Vital statistics of India. Vol. IV, Annual returns from 1871 to 1876. British Army of India, Native Army and jails of Bengal
Year: 1871
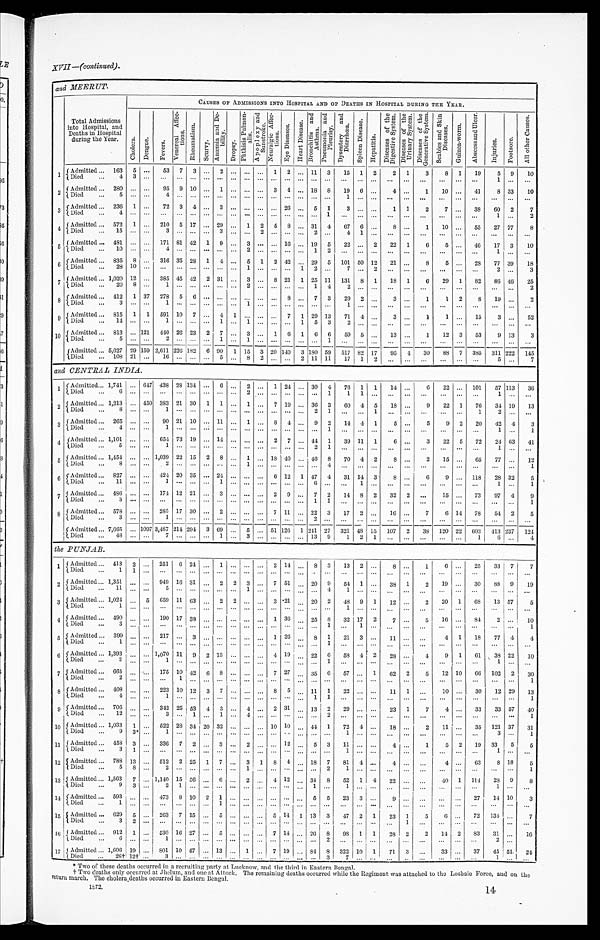
and MEERUT.
Total Admissions
into Hospital, and
Deaths in Hospital
during the Year.
CAUSES OF ADMISSIONS INTO HOSPITAL AND OF DEATHS IN HOSPITAL DURING THE YEAR.
C h o l e r a . De ngue .
F e v e r s .
V e n e r e a l A f f e c - t i o n s .
R h e u m a t i s m .
Sc ur vy.
A n æ m i a a n d D e - b i l i t y .
D r o p s y .
P h t h i s i s P u l m o n - a l i s . A p o p l e x y a n d S u n s t r o k e .
N e u r a l g i c A f f e c - t i o n s .
E y e - D i s e a s e s . H e a r t D i s e a s e .
B r o n c h i t i s a n d A s t h m a .
P n e u m o n i a a n d P l e u r i s y .
D y s e n t e r y a n d D i a r r h œ a .
S p l e e n D i s e a s e .
H e p a t i t i s .
D i s e a s e o f t h e D i g e s t i v e S y s t e m .
D i s e a s e s o f t h e U r i n a r y S y s t e m .
D i s e a s e s o f t h e G e n e r a t i v e S y s t e m .
S c a b i e s a n d S k i n D i s e a s e s .
G u i n e a - w o r m .
A b s c c s a n d U l c e r .
I n j u r i e s .
F o o t s o r e .
A l l o t h e r C a u s e s .
1 Admitted . . . 163
5 . . .
53
7
3 . . . 2
. . .
. . .
. . . 1
2 . . . 11
3
15
1
2
2
1
3
8
1
19
5
9
10
D i e d . . .
4
3 . . .
. . .
. . .
. . .. . .
. . . . . .
. . .
. . .
. . .
. . .. . .
. . .
. . .
. . .
. . .
. . .
. . .
. . .
. . .
. . .
. . .
. . .
1
. . .
. . .
2 Admitted . . . 280
. . . . . .
95 9 10 . . . 1
. . .
. . . . . . 3
4 . . . 18
8
19
6
. . .
4
. . .
1
10
. . .
41
8 33
10
Died . . .
5
. . . . . .
4
. . .
. . .. . .
. . . . . .
. . .
. . .
. . .
. . .. . .
. . .
. . .
1
. . .
. . .
. . .
. . .
. . .
. . .
. . .
. . .
. . .
. . .
. . .
3 Admitted . . .
236
1 . . .
72 3
4 . . . 3
. . .
. . .
. . .
. . . 26 . . . 5
1
3
. . .
. . .
1
1
2
7
. . .
38
60
2
7
D i e d . . .
4
. . .. . .
. . .
. . .
. . .. . .
. . . . . .
. . .
. . .
. . .
. . .. . .
. . .
1 . . .
. . .
. . .
. . .
. . .
. . .
. . .
. . .
. . .
1
. . .
2
4 Admitted . . . 572
1 . . . 210
5 17 . . . 29
. . . 1
2
5
8 . . . 31
4
67
6
. . .
8
. . .
1
10
. . .
55
27 77
8
Died . . .
15
. . . . . .
3
. . .
. . .. . .
3 . . .
. . .
2
. . .
. . .. . .
2
. . .
4
1
. . .
. . .
. . .
. . .
. . .
. . .
. . .
. . .
. . .
. . .
5 Admitted . . . 481
. . . . . . 171 81 42
1
9
. . . 3
. . .
. . . 16 . . . 19
5
22
. . .
2
22
1
6
5
. . .
46
17
3
10
Died . . .
10
. . . . . .
4
. . .
. . .. . .
. . . . . .
2 .
. . .
. . .
. . .. . .
1
2
. . . . . .
. . .
. . .
. . .
. . .
. . . . . .
. . .
1
. . .
. . .
6 Admitted . . . 835
8 . . . 316 35 28 1
4 . . . 5
1
2 42 . . . 29
5
101 50 12
21
. . .
8
5
. . .
28
77 39
18
D i e d . . .
2 8
1 0
. . .
. . .
. . .
. . .. . .
. . . . . .
1
. . .
. . .
. . .1
2
. . .
7
. . .
2
. . .
. . .
. . .
. . .
. . .
. . .
2
. . .
3
7 Admitted ... 1,020 12 . . . 385 45 42
2 31
. . . 3
. . . 8 21
1 25 11
131
8
1
18 1
6
29
1
82
86 46
25
Died . . .
20
8 . . .
1
. . .
. . .. . .
. . . . . .
2
. . .
. . .
. . .. . .
1
4
2
. . .
. . .
. . .
. . .
. . .
. . .
. . .
. . .
. . .
. . .
2
8 Admitted . . . 412
1 37
278
5
6 . . .
. . . . . .
. . .
. . .
. . . 8 . . . 7
3
29
2
. . .
3
. . .
1
1
2
8
19
. . .
2
Died . . .
3
. . . . . .
1
. . .
. . .. . .
. . . . . .
1
. . . . . .
. . . . . .
. . .
. . .
1
. . .
. . .
. . .
. . .
. . .
. . .
. . .
. . .
. . .
. . .
. . .
9Admitted . . . 815
1
1
591 10
7 . . . 4
1
. . .
. . .
. . . 7
1 29 13
71
4
. . .
3
. . .
1
1
. . .
15
3
. . .
5 2
Died . . .
14
. . . . . .
1
. . .
. . .. . .
1 . . .
1
. . .
. . .
. . .1
5
3
2
. . .
. . .
. . .
. . .
. . .
. . .
. . .
. . .
. . .
. . .
. . .
10
Admitted . . . 813
. . . 121
440 26 23
2
7
. . . 3
. . . 1
6
1
6
6
59
5
. . .
13
. . .
1
12
3
53
9 13
3
Died . . .
5
. . . . . .
2
. . .
. . . . . .
1 . . .
1
. . .
. . .
. . .. . .
. . .
1
. . .
. . .
. . .
. . .
. . .
. . .
. . .
. . .
. . .
. . .
. . .
. . .
Admitted . . .
5 , 6 2 7
2 9 159 2,611 226 182
6
9 0
1 15
3 20
1 4 0 3
1 8 0 59
517 82
1 7
9 5
4
3 0
8 8 7 385
311
2 2 2
1 4 5
D i e d . . .
1 0 8 21 . . .
16
. . .
. . . . . .
5 . . .
8
2
. . .
. . .2
1 1 1 1
1 7
1
2
. . .
. . .
. . .
. . .
. . .
. . .
5
. . .
7
and CENTRAL INDIA.
1 Admitted . . . 1,741
. . . 647 438 28 134
. . . 6
. . . 2
. . . 1 24 . . . 30
4
76
1
1
14
. . .
6
22
. . . 101
57 113
36
D i e d . . .
6
. . .. . .
. . .
. . .
. . .
. . . . . .
. . .
. . .
. . .
. . .
. . .. . .
. . .
1
1
1
. . .
. . .
. . .
. . .
. . .
. . . . . .
1
. . .
. . .
2 Admitted . . . 1,213
. . . 450 383 21 30
1
1
. . . 1
. . . 7 19 . . . 36
3
60
4
5
18
. . .
9
22
1
76
34 19
13
Died . . .
8
. . . . . .
1
. . .
. . .
. . . . . .
. . .
. . .
. . .
. . .
. . .. . .
2
1
. . .
. . .
1
. . .
. . .
. . .
. . .
. . .
1
2
. . .
. . .
3 Admitted . . . 265
. . . . . .
90 21 10
. . . 11
. . . 1
. . . 8
4 . . . 9
2
14
4 1
5
. . .
5
9
2
20
42 4
3
Died . . .
4
. . . . . .
1
. . .
. . .
. . . . . .
. . .
. . .
. . .
. . .
. . .. . .
. . . 1
. . .
. . .
. . .
. . .
. . .
. . .
. . .
. . .
. . .
1
. . .
1
4 Admitted . . . 1,101
. . . . . . 654 73 19
. . . 14
. . .
. . .
. . . 2
7 . . . 44
1
39 11
1
6
. . .
3
22
5
72
24 63
41
D i e d . . .
5
. . .. . .
1
. . .
. . .
. . . . . .
. . .
. . .
. . .
. . .
. . .. . .
2
1
. . .
. . .
. . .
. . .
. . .
. . .
. . .
. . . . . .
1
. . .
. . .
5 Admitted . . . 1,454
. . . . . . 1,039 22 15
2
8
. . . 1
. . . 18 40 . . . 4 6
8
70
4 2
8
. . .
2
15
. . .
65
77
. . .
12
D i e d . . .
8
. . .. . .
2
. . .
. . .
. . . . . .
. . .
1
. . .
. . .
. . .. . .
. . .
4
. . .
. . .
. . .
. . .
. . .
. . .
. . .
. . .
. . .
. . .
. . .
1
6 Admitted . . . 827
. . . . . . 424 20 35
. . . 24
. . .
. . .
. . . 6 12
1 47
4
31 14 3
8
. . .
6
9
. . . 118
28 32
5
Died . . .
11
. . . . . .
1
. . .
. . .
. . . 1
. . .
. . .
. . .
. . .
. . .. . .
6
. . .
. . . 1
. . .
. . .
. . .
. . .
. . .
. . .
. . .
1
. . .
1
7 Admitted . . .
4 8 6
. . .. . .
174 12 21
. . . 3
. . .
. . .
. . .
2
9 .
. . .
7
2
1 4 8
2
3 2 2
. . .
1 5
. . .
73
97
4
9
D i e d . . .
3
. . . . . .
. . .
. . .
. . . . . . . . .
. . .
. . .
. . .
. . . .
. . . . . . .
1
1
. . . . . .
. . .
. . .
. . . . . .
. . .
. . . . . .
. . .
. . .
1
8 Admitted . . .
5 7 8
. . .. . .
285 17 30
. . . 2
. . . . . .
. . . 7 11 . . . 22
3
17
2
. . .
16
. . .
7
6 14
78
54
2
5
D i e d . . .
3
. . . . . .
1
. . .
. . . . . . . . .
. . .
. . . . . .
. . .
. . .. . .
2
. . .
. . .
. . .
. . .
. . .
. . .
. . .
. . .
. . .
. . .
. . .
. . .
. . .
9
A d m i t t e d . . . 7,665
. . . 1097 3,487 214 294 3 69
. . . 5
. . . 51 126
1 241
2 7
321
4 8 15
107
2
3 8
120 22 603
4 1 3
237
1 2 4
D i e d . . . 48
. . .. . .
7
. . .
. . . . . .
1
. . .
3
. . .
. . .
. . . . . .
1 3
9
1
2
1
. . . . . .
. . .
. . .
. . . 1
6
. . .
4
the PUNJAB.
1 Admitted . . . 413
2
. . . 251
6 24 . . . 1
. . .
. . . . . .
2
1 4
. . . 8
3
13
2
. . .
8
. . .
1
6
. . .
25
33
7
7
D i e d . . .
1
1
. . .
. . .
. . .
. . . . . . . . .
. . .
. . .
. . .
. . .
. . .
. . .
. . .
. . .
. . .
. . .
. . .
. . .
. . .
. . .
. . .
. . . . . .
. . .
. . .
. . .
2
A d m i t t e d . . . 1,351
. . .
. . . 949 16 31
. . . 2
2
3
. . . 7 51
. . .
20
9
54
1
. . .
38
1
2
19
. . .
30
88
9
19
Died . . .
11
. . .
. . .
5
. . .
. . .
. . . . . .
. . . 1
. . .
. . .
. . .
. . .
. . . 4
1
. . .
. . .
. . .
. . .
. . .
. . .
. . . . . . . . .
. . .
. . .
3
A d m i t t e d . . .
1,024
. . . 5 659 11 63
. . . 2
2
. . .
. . . 3 .21
. . .
2 0 2
48 9
1
12
. . .
2
20
1
68
13 57
5
D i e d
. .
1
. . . . . .
. . .
. . .
. . .
. . . . . .
. . .
. . .
. . .
. . .
. . .
. . .
. . .
. . .
1 .
. . .
. . .
. . .
. . .
. . .
. . .
. . . . . .
. . .
. . .
. . .
4 Admitted . . . 490
. . .
. . . 190 17 38
. . . . . .
. . .
. . .
. . . 1 36
. . . 25
8
32 17
2
7
. . .
5
16
. . . 84
2
. . .
10
Died . . .
3
. . .
. . .
. . .
. . .
. . .
. . . . . .
. . .
. . .
. . .
. . .
. . .
. . .
. . .
1
. . .
1
. . .
. . .
. . .
. . .
. . .
. . . . . .
. . .
. . .
1
5
A d m i t t e d . . . 399
. . .
. . . 217
. . . 3
. . . . . .
. . .
. . .
. . . 1 26
. . . 8
1
21
3
. . .
11
. . .
. . .
4
1
18
77 4
4
D i e d . . .
1
. . .
. . .
. . .
. . .
. . .
. . . . . .
. . .
. . .
. . .
. . .
. . .
. . .
. . . 1
. . .
. . .
. . .
. . .
. . .
. . .
. . .
. . .
. . .
. . .
. . .
. . .
6
A d m i t t e d . . . 1,393
. . .
. . . 1,070 11
9
2 13
. . .
. . .
. . . 4 19
. . .
22
6
58 4 2
28
. . .
4
9
1
61
38 22
10
Died . . .
3
. . .
. . .
1
. . .
. . .
. . . . . .
. . .
. . .
. . .
. . .
. . .
. . .
. . .
1
. . .
. . .
. . .
. . .
. . . . . .
. . .
. . . . . .
1
. . .
. . .
7 Admitted . . . 665
. . .
. . . 175 10 42
6
8
. . .
. . .
. . . 7 27
. . .
35
6
57
. . . 1
62
2
5
12 10
6 6 102
2
30
Di ed . . .
2
. . .
. . .
. . .
1
. . .
. . . . . .
. . .
. . .
. . .
. . .
. . .
. . .
. . .
. . .
. . .
. . .
. . .
. . .
. . .
. . .
. . .
. . .
. . .
. . .
. . .
1
8 Admitted . . . 408
. . .
. . . 223 10 12
3
7
. . .
. . .
. . . 8
5
. . . 11
1
22
. . .
. . .
11
1
. . .
10
. . .
30
12 29
13
Died . . .
4
. . .
. . .
1
. . .
. . .
. . . . . .
. . .
. . .
. . .
. . .
. . . . . .
1
1
. . .
. . .
. . .
. . .
. . .
. . .
. . .
. . .. . .
. . .
. . .
1
9
A d m i t t e d . . . 706
. . .
. . .
3 4 2 25
5 3 4
3
. . .
4
. . .
2 31
. . . 13
2
2 9
. . .
. . .
2 3
1
7
4
. . .33
33 57
4 0
D i e d . . .
1 2 . . .
. . .
3
. . . 1
. . . 1
. . .
4
. . .
. . .
. . .
. . .
. . .
2
. . .
. . .
. . .
. . .
. . .
. . .
. . .
. . .
. . .
. . .
. . .
1
10 Admitted . . . 1,033
1
. . . 522 28 34 20 32
. . .
. . .
. . .
10 10
. . . 44
1
72
4
. . .
18
. . .
2
11
. . .
35
121 37
31
Died . . .
9
3 *
. . .
1
. . .
. . .
. . . . . .
. . .
. . .
. . .
. . .
. . .
. . .
. . .
. . .
1
. . .
. . .
. . .
. . .
. . .
. . .
. . .. . .
3
. . .
1
1 1 Admitted . . . 458
3
. . . 336
7
2
. . . 3
. . . 2
. . .
. . . 12
. . . 5
3
11
. . .
. . .
4
. . .
1
5
2
19
33
5
5
D i e d . . .
3
1
. . .
. . .
. . .
. . .
. . . . . .
. . .
. . .
. . .
. . .
. . . . . .
. . .
. . .
1
. . .
. . .
. . .
. . .
. . .
. . .
. . .
. . .
1
. . .
. . .
12 Admitted . . . 788 13
. . . 512
2 25
1
7
. . .
3
1
8
4
. . .
18
7
81
4
. . .
4
. . .
. . .
4
. . .
63
8 18
5
Died . . .
5
8
. . .
2
. . .
. . .
. . . . . .
. . .
1
. . .
. . .
. . .
. . .
. . .
2
1
. . . . . .
. . .
. . .
. . .
. . .
. . . . . .
. . .
. . .
1
13 Admitted . . . 1,563
7
. . . 1,140 15 56
. . .
6
. . . 2
. . . 4 12
. . . 34
8
52
1
4
22
. . .
. . . 40 1
114
28 9
8
Died . . .
9
3
. . .
2
1
. . .
. . . . . .
. . .
. . .
. . .
. . .
. . . . . . 1
. . .
1
. . .
. . .
. . .
. . .
. . .
. . .
. . . . . .
1
. . .
. . .
14 Admitted . . . 593
. . .
. . . 473
8 10
2
1
. . .
. . .
. . .
. . .
. . .
. . . 5
5
23
3
. . .
9
. . .
. . .
. . .
. . . 27
14 10
3
Died . . .
1
. . .
. . .
. . .
. . .
. . .
. . . 1
. . .
. . .
. . .
. . .
. . .
. . .
. . .
. . .
. . .
. . .
. . .
. . .
. . .
. . .
. . .
. . . . . .
. . .
. . .
. . .
15 Admitted . . . 629
5
. . . 263
7 15
. . . 5
. . .
. . .
. . . 5 14
1 13
3
47
2
1
23
1
5
6
. . .
72
134
. . .
7
D i e d . . .
3
2
. . .
. . .
. . .
. . .
. . . . . .
. . .
. . .
. . .
. . .
. . .
. . .
. . .
. . .
. . .
. . .
. . .
. . .
1
. . .
. . .
. . . . . .
. . .
. . . . . .
1 6 Admitted . . . 912
1
. . . 530 16 27
. . . 5
. . .
. . .
. . . 7 14
. . . 26 8
98
1
1
28
2
2
14 2
83
31
. . .
16
Died . . .
6
. . .
. . .
1
. . .
. . .
. . . . . .
. . .
. . .
. . .
. . .
. . .
. . .
. . .
2
. . .
. . .
. . .
. . .
. . .
. . .
. . .
. . . . . .
. 2 .
. . .
. . .
1 7 Admitted . . . 1,606 19
. . . 801 10 47
. . . 13
. . . 1
. . . 7 19
. . . 84 8
322 10
1
71
3
. . .
33
. . .
37
45 51
24
Died . . .
26† 12†
. . .
3
. . .
. . .
. . .. . .
. . .
. . .
. . .
. . .
. . .
. . .
. . .
3
7
. . .
. . .
. . .
. . .
. . .
. . .
. . .. . .
1
. . .
. . .
* Two of these deaths occurred in a recruiting party at Lucknow, and the third in Eastern Bengal.
†Two deaths only occurred at Jhelum, and one at Attock. The remaining deaths occurred while the Regiment was attached to the Loshaie Force, and on the
return march. The cholera_deaths occurred in Eastern Bengal.
1S72.
14